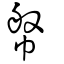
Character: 幋